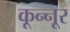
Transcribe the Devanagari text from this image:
कून्‍नूर